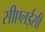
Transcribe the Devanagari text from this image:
सीएलईसी